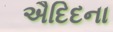
ઐદિદના